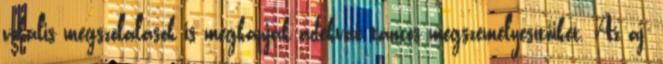
vokális megszólalások is megkapják adekvát táncos megszemélyesítőiket. Az aj-